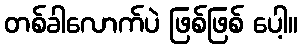
တစ်ခါလောက်ပဲ ဖြစ်ဖြစ် ပေါ့။